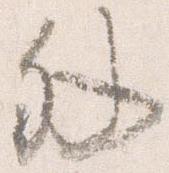
外